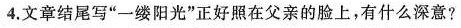
4.文章结尾写”一缕阳光”正好照在父亲的脸上，有什么深意?